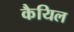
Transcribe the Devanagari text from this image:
कैयिल